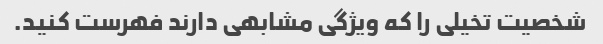
شخصیت تخیلی را که ویژگی مشابهی دارند فهرست کنید.